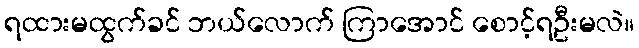
ရထားမထွက်ခင် ဘယ်လောက် ကြာအောင် စောင့်ရဦးမလဲ။